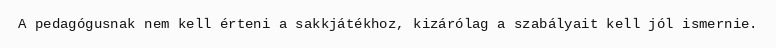
A pedagógusnak nem kell érteni a sakkjátékhoz, kizárólag a szabályait kell jól ismernie.